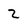
Character: 2